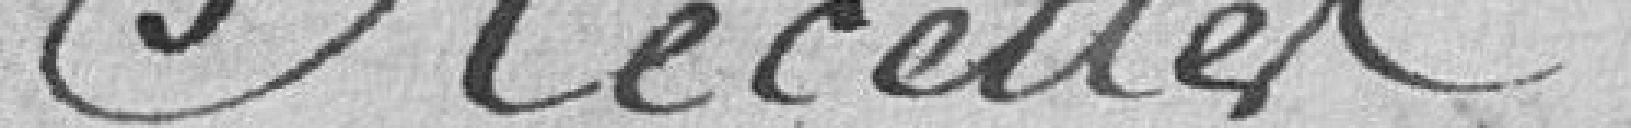
Recettes